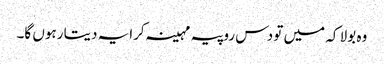
وہ بولا کہ میں تو دس روپیہ مہینہ کرایہ دیتا رہوں گا۔